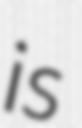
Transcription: is